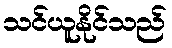
သင်ယူနိုင်သည်